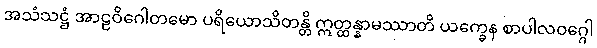
အသံသဋ္ဌံ အာဠဝိဂေါတမော ပရိယောသိတန္တိ ဣတ္ထန္နာမဿာတိ ယက္ခေန စာပါလဝဂ္ဂေါ